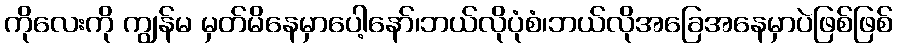
ကိုလေးကို ကျွန်မ မှတ်မိနေမှာပေါ့နော်၊ဘယ်လိုပုံစံ၊ဘယ်လိုအခြေအနေမှာပဲဖြစ်ဖြစ်